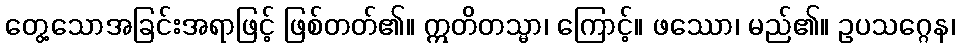
တွေ့သောအခြင်းအရာဖြင့် ဖြစ်တတ်၏။ ဣတိတသ္မာ၊ ကြောင့်။ ဖဿော၊ မည်၏။ ဥပသဂ္ဂေန၊